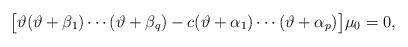
LaTeX: \begin{align*}\big[ \vartheta ( \vartheta+\beta_{1} ) \cdots (\vartheta+\beta_{q} ) -c ( \vartheta+\alpha_{1} )\cdots ( \vartheta+\alpha_{p} ) \big] \mu_{0}=0, \end{align*}